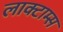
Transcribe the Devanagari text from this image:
लाक्टाम्स